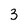
Character: 3